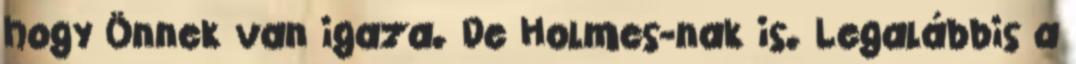
hogy Önnek van igaza. De Holmes-nak is. Legalábbis a